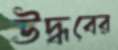
উদ্ধবের